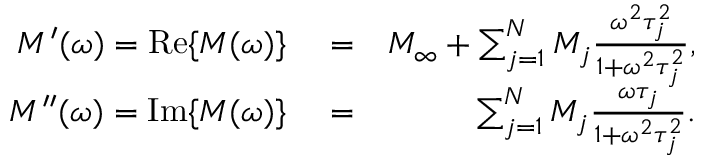
\begin{array} { r l r } { M ^ { \prime } ( \omega ) = \mathrm { R e } \{ M ( \omega ) \} } & { { } = } & { M _ { \infty } + \sum _ { j = 1 } ^ { N } M _ { j } \frac { \omega ^ { 2 } \tau _ { j } ^ { 2 } } { 1 + \omega ^ { 2 } \tau _ { j } ^ { 2 } } , } \\ { M ^ { \prime \prime } ( \omega ) = \mathrm { I m } \{ M ( \omega ) \} } & { { } = } & { \sum _ { j = 1 } ^ { N } M _ { j } \frac { \omega \tau _ { j } } { 1 + \omega ^ { 2 } \tau _ { j } ^ { 2 } } . } \end{array}